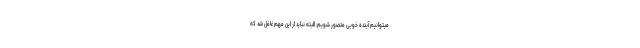
میتوانیم آینده خوبی متصور شویم. البته نباید از این مهم غافل شد که